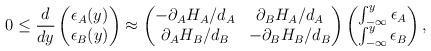
LaTeX: \begin{align*} 0\leq\frac{d}{d y}\begin{pmatrix}\epsilon_A(y)\\ \epsilon_B(y)\end{pmatrix}\approx\begin{pmatrix} -\partial_AH_A/d_A & \partial_BH_A/d_A\\\partial_AH_B/d_B & -\partial_BH_B/d_B\end{pmatrix}\begin{pmatrix}\int_{-\infty}^y\epsilon_A\\ \int_{-\infty}^y\epsilon_B\end{pmatrix},\end{align*}